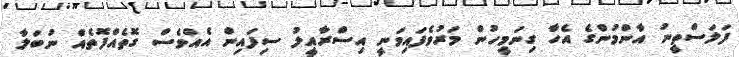
ފަލަސްތީނު އާންމުންގެ އެހާ ގިނަމީހުން މަރުވެފައިވަނީ އިސްރާއީލު ސިފައިން އެއްވެސް ގޮތެއްފޮތެއް ނުބަލާ